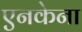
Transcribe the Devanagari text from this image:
एनकेना